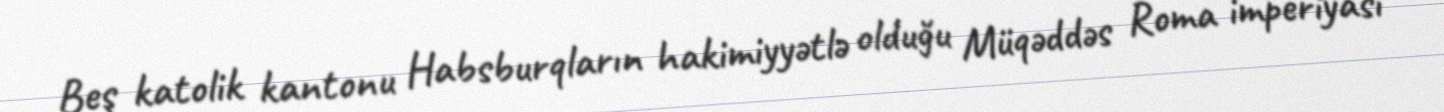
Beş katolik kantonu Habsburqların hakimiyyətlə olduğu Müqəddəs Roma imperiyası